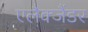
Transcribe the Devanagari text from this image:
एलैक्जैंडर